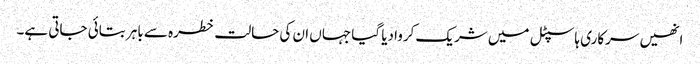
انھیں سرکاری ہاسپٹل میں شریک کروادیا گیا جہاں ان کی حالت خطرہ سے باہر بتائی جاتی ہے۔